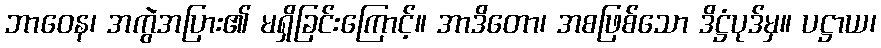
ဘာဝေန၊ အကွဲအပြား၏ မရှိခြင်းကြောင့်။ အာဒိတော၊ အစဖြစ်သော ဒိဋ္ဌံပုဒ်မှ။ ပဋ္ဌာယ၊